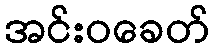
အင်းဝခေတ်